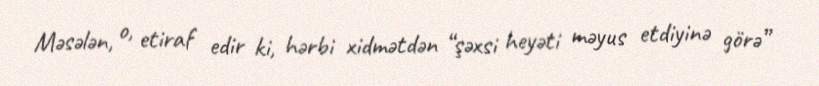
Məsələn, o, etiraf edir ki, hərbi xidmətdən “şəxsi heyəti məyus etdiyinə görə”